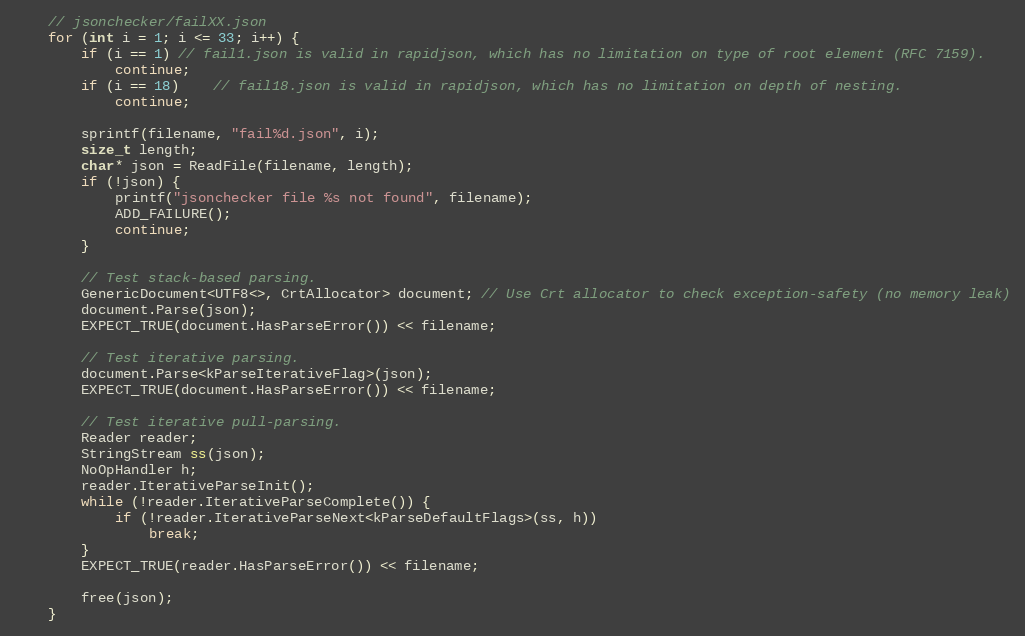
Language: C++
    // jsonchecker/failXX.json
    for (int i = 1; i <= 33; i++) {
        if (i == 1) // fail1.json is valid in rapidjson, which has no limitation on type of root element (RFC 7159).
            continue;
        if (i == 18)    // fail18.json is valid in rapidjson, which has no limitation on depth of nesting.
            continue;

        sprintf(filename, "fail%d.json", i);
        size_t length;
        char* json = ReadFile(filename, length);
        if (!json) {
            printf("jsonchecker file %s not found", filename);
            ADD_FAILURE();
            continue;
        }

        // Test stack-based parsing.
        GenericDocument<UTF8<>, CrtAllocator> document; // Use Crt allocator to check exception-safety (no memory leak)
        document.Parse(json);
        EXPECT_TRUE(document.HasParseError()) << filename;

        // Test iterative parsing.
        document.Parse<kParseIterativeFlag>(json);
        EXPECT_TRUE(document.HasParseError()) << filename;

        // Test iterative pull-parsing.
        Reader reader;
        StringStream ss(json);
        NoOpHandler h;
        reader.IterativeParseInit();
        while (!reader.IterativeParseComplete()) {
            if (!reader.IterativeParseNext<kParseDefaultFlags>(ss, h))
                break;
        }
        EXPECT_TRUE(reader.HasParseError()) << filename;

        free(json);
    }